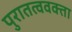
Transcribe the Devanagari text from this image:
पुरातत्ववक्ता